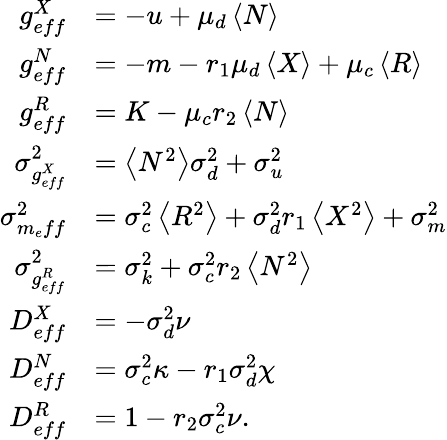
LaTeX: \begin{array}{rl}{g_{eff}^{X}}&{=-u+\mu_{d}\left<N\right>}\\ {g_{eff}^{N}}&{=-m-r_{1}\mu_{d}\left<X\right>+\mu_{c}\left<R\right>}\\ {g_{eff}^{R}}&{=K-\mu_{c}r_{2}\left<N\right>}\\ {\sigma_{g_{eff}^{X}}^{2}}&{=\left<N^{2}\right>\sigma_{d}^{2}+\sigma_{u}^{2}}\\ {\sigma_{m_{e}ff}^{2}}&{=\sigma_{c}^{2}\left<R^{2}\right>+\sigma_{d}^{2}{r_{1}}\left<X^{2}\right>+\sigma_{m}^{2}}\\ {\sigma_{g_{eff}^{R}}^{2}}&{=\sigma_{k}^{2}+\sigma_{c}^{2}{r_{2}}\left<N^{2}\right>}\\ {D_{eff}^{X}}&{=-\sigma_{d}^{2}\nu}\\ {D_{eff}^{N}}&{=\sigma_{c}^{2}\kappa-r_{1}\sigma_{d}^{2}\chi}\\ {D_{eff}^{R}}&{=1-r_{2}\sigma_{c}^{2}\nu.}\end{array}